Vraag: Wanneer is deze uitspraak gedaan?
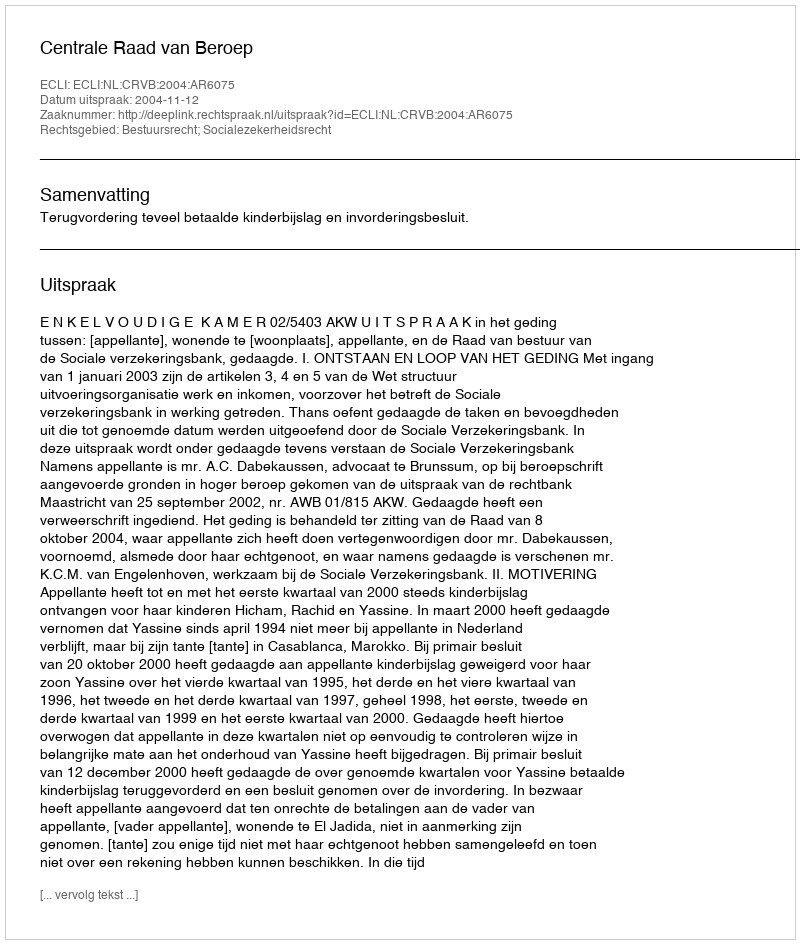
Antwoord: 2004-11-12